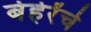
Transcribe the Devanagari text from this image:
बेहेरेंचे